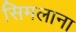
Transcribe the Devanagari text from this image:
सिमलाना